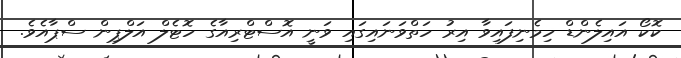
ކޮކޯ އައިލެންޑް ހިމެނިފައިވާ އިރު ހަތްވަނައިގައި ވަނީ އޮސްޓްރިއާގެ ހޮޓެލް އަލްޕިން ސްޕާއެވެ.